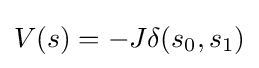
V(s)=-J\delta (s_{0},s_{1})